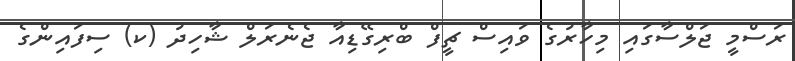
ރަސްމީ ޖަލްސާގައި މިހާރުގެ ވައިސް ޗީފް ބްރިގޭޑިއާ ޖެނެރަލް ޝާހިދު (ކ) ސިފައިންގެ